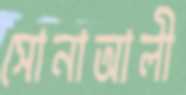
সোনাআলী